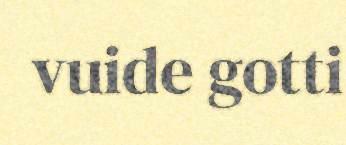
vuide gotti